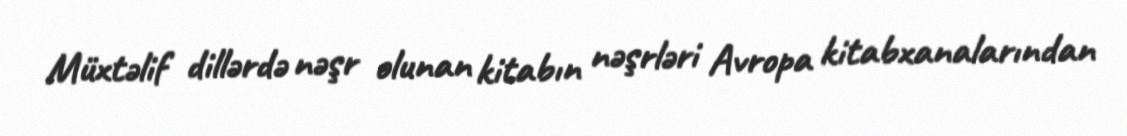
Müxtəlif dillərdə nəşr olunan kitabın nəşrləri Avropa kitabxanalarından